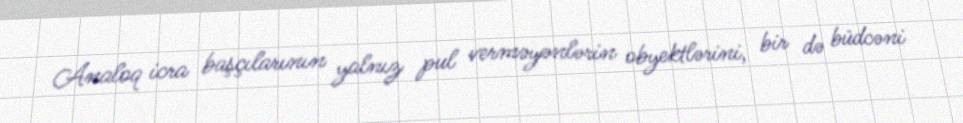
Analoq icra başçılarının yalnız pul verməyənlərin obyektlərini, bir də büdcəni